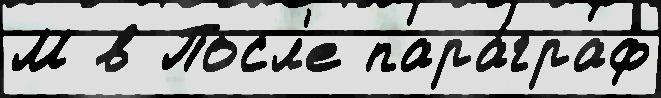
М в Посл'е пара́граф